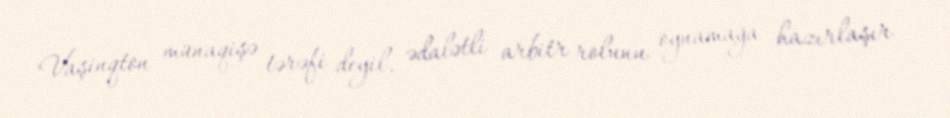
Vaşinqton münaqişə tərəfi deyil, ədalətli arbitr rolunu oynamağa hazırlaşır